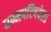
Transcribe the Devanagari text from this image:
धम्मपरिषदेला